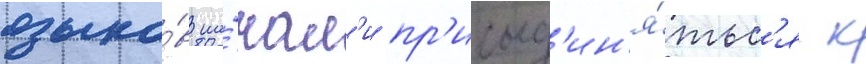
языко́в на́чал'и пр'исоед'ин'я́тьс'я к